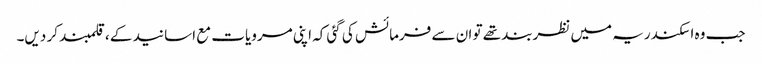
جب وہ اسکندریہ میں نظربند تھے تو ان سے فرمائش کی گئی کہ اپنی مرویات مع اسانید کے ، قلمبند کر دیں۔